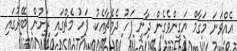
އެއްވަނަ މަގާމް ޔަގީންވެގެން ދާނީ ފަހު ދެމެޗާއެކު. ފަހު މެޗްގައި ރަށުން ބޭރުގައި